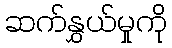
ဆက်နွှယ်မှုကို